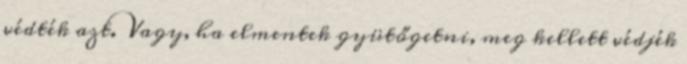
védték azt. Vagy, ha elmentek gyütőgetni, meg kellett védjék